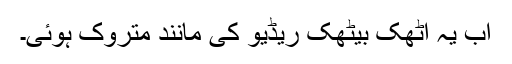
اب یہ اٹھک بیٹھک ریڈیو کی مانند متروک ہوئی۔